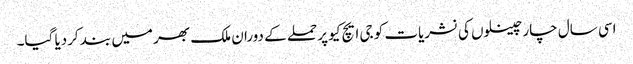
اسی سال چار چینلوں کی نشریات کو جی ایچ کیو پر حملے کے دوران ملک بھر میں بند کردیا گیا۔